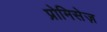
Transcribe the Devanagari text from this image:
प्रोमिसेज़